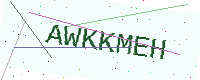
Text: AWKKMEH